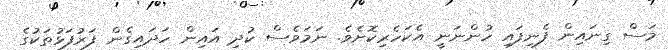
މަސް ގިނައިން ފެނިފައި ހުންނަނީ އެކަހެރިކޮށެވެ. ނަމަވެސް ކުދި އައިން ހަދައިގެން ފަރުފަޅުތަކުގެ